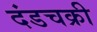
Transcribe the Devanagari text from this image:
दंडचक्री